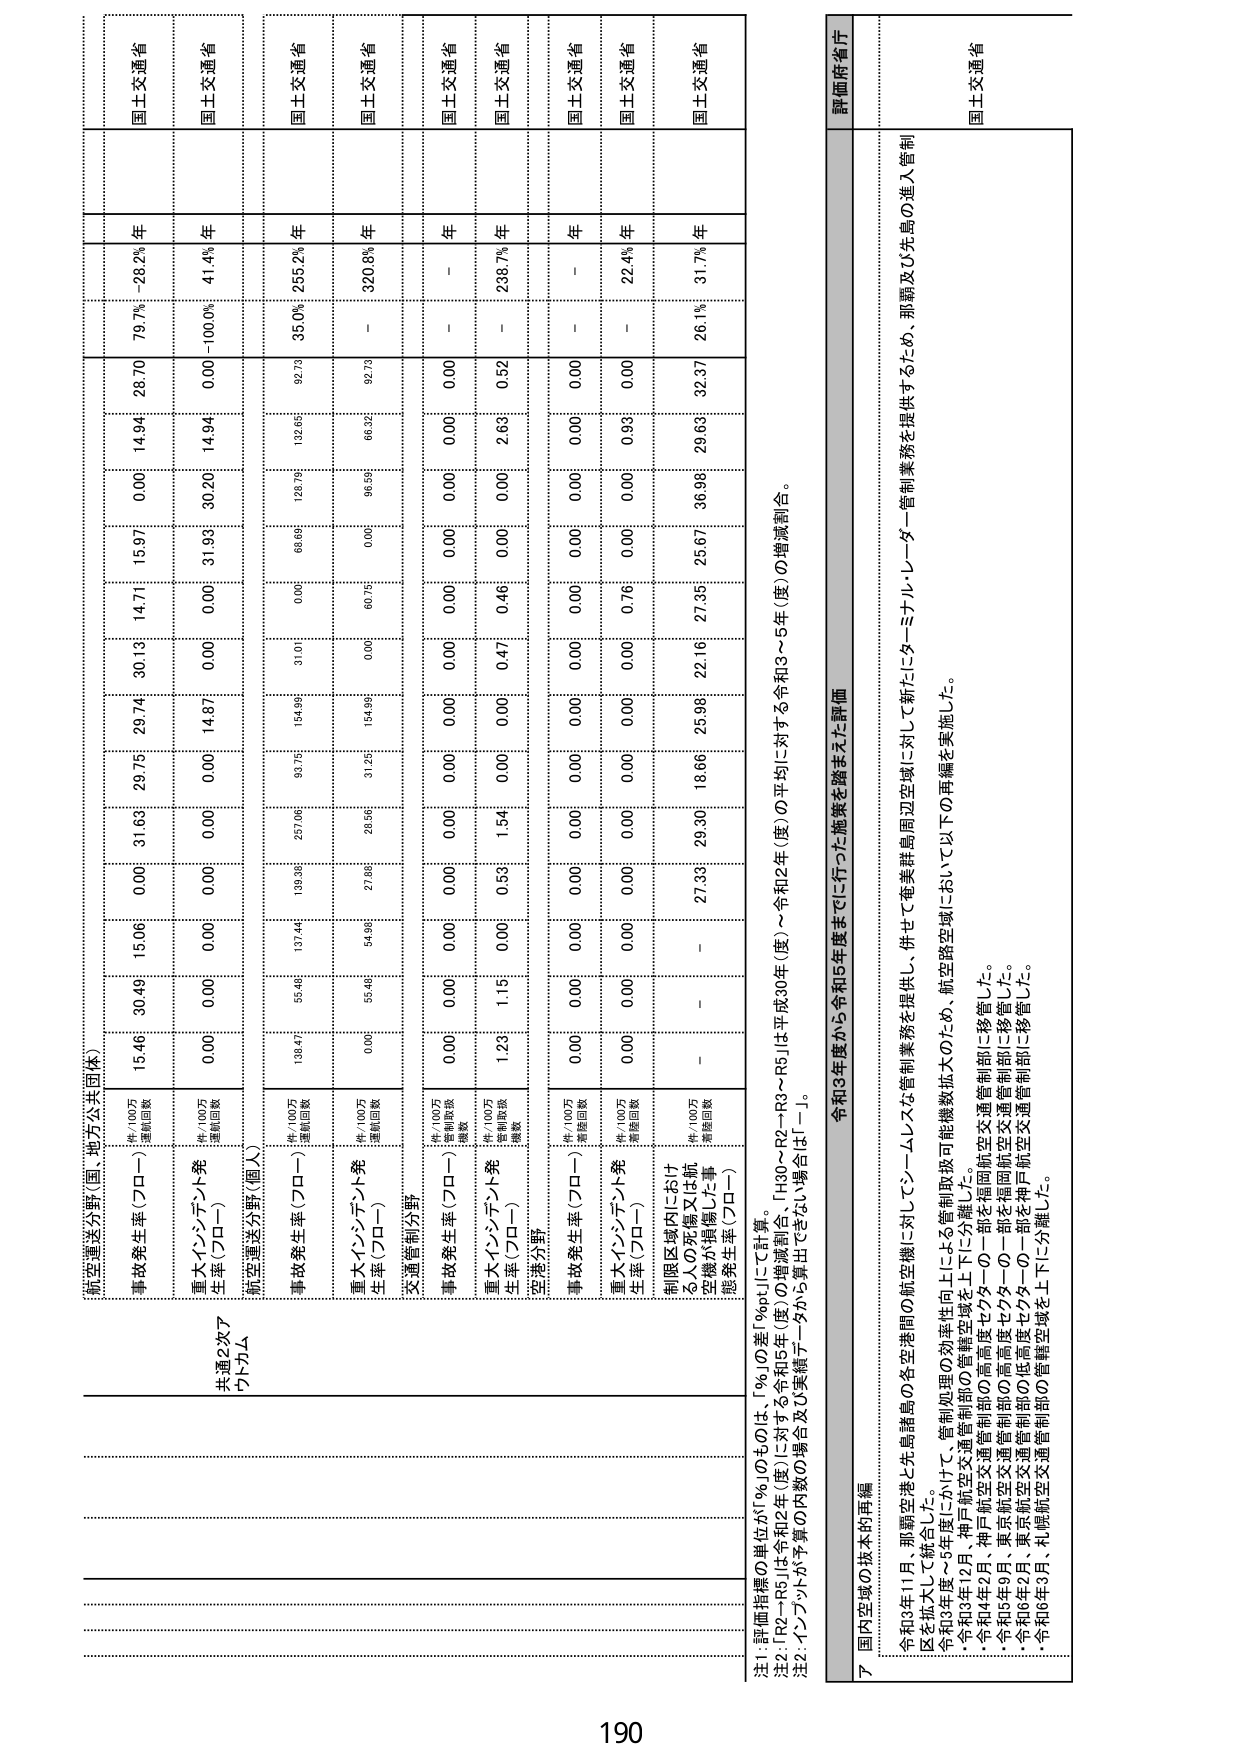
航空運送分野（国・地方公共団体）

事故発生率（プロー）
件/100万運航回数
15.46  30.49  15.06  0.00  31.63  29.75  29.74  30.13  14.71  15.97  0.00  14.94  28.70  79.7%  -28.2% 年
国土交通省

重大インシデント発生率（プロー）
件/100万運航回数
0.00  0.00  0.00  0.00  0.00  0.00  14.87  0.00  0.00  31.93  30.20  14.94  0.00  -100.0%  41.4% 年
国土交通省

航空運送分野（個人）

事故発生率（プロー）
件/100万運航回数
139.47  55.46  137.44  139.08  257.06  93.75  154.96  31.01  0.00  68.69  128.76  132.65  92.73  35.0%  255.2% 年
国土交通省

重大インシデント発生率（プロー）
件/100万運航回数
0.00  55.46  54.96  27.08  26.56  31.25  154.96  0.00  60.76  0.00  95.58  66.32  92.73  -  320.8% 年
国土交通省

交通管制分野

事故発生率（プロー）
件/100万管制取扱機数
0.00  0.00  0.00  0.00  0.00  0.00  0.00  0.00  0.00  0.00  0.00  0.00  0.00  -  - 年
国土交通省

重大インシデント発生率（プロー）
件/100万管制取扱機数
1.23  1.15  0.00  0.53  1.54  0.00  0.47  0.46  0.00  2.63  0.00  0.52  -  238.7% 年
国土交通省

空港分野

事故発生率（プロー）
件/100万運航回数
0.00  0.00  0.00  0.00  0.00  0.00  0.00  0.00  0.00  0.00  0.00  0.00  0.00  -  - 年
国土交通省

重大インシデント発生率（プロー）
件/100万運航回数
0.00  0.00  0.00  0.00  0.00  0.00  0.00  0.00  0.76  0.00  0.00  0.93  0.00  -  22.4% 年
国土交通省

制限区域内における人の死傷又は航空機が損傷した事態発生率（プロー）
件/100万運航回数
-  -  27.33  29.30  18.66  25.96  22.16  27.35  25.67  36.96  29.63  32.37  26.1%  31.7% 年
国土交通省

注1：評価指標の単位が「‰」のものは、「‰」の差「‰pt」にて計算。
注2：「R2～R5」は令和2年（度）に対する令和5年（度）の増減割合、「H30～R2～R3～R5」は平成30年（度）～令和2年（度）の平均に対する令和3～5年（度）の増減割合。
注3：インフラが本質の内数の場合は〇実績データから算出できない場合は「－」。

7 国内空域の抜本的再編

令和3年度から令和5年度までに行った施策を踏まえた評価

令和3年11月、那覇空港と先島諸島の各空港間の航空機に対してシームレスな管制業務を提供し、併せて奄美群島周辺空域に対して新たにターミナル・レーダー管制区を拡大して統合した。
令和3年度～5年度にかけて、管制処理の効率性向上による管制制御可能機数拡大のため、航空路空域において以下の再編を実施した。
・令和3年12月、神戸航空交通管制部の管轄空域を上下に分離した。
・令和4年2月、神戸航空交通管制部の高度セクタ2～0一部を福岡航空交通管制部に移管した。
・令和5年2月、東京航空交通管制部の高度セクタ3～0一部を福岡航空交通管制部に移管した。
・令和6年2月、東京航空交通管制部の低高度セクタ0一部を神戸航空交通管制部に移管した。
・令和6年3月、札幌航空交通管制部の管轄空域を上下に分離した。

評価府省庁
国土交通省

190